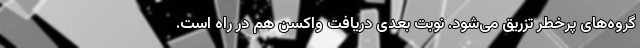
گروه‌های پرخطر تزریق می‌شود. نوبت بعدی دریافت واکسن هم در راه است.